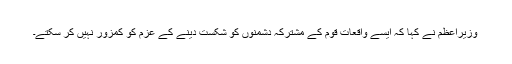
وزیراعظم نے کہا کہ ایسے واقعات قوم کے مشترکہ دشمنوں کو شکست دینے کے عزم کو کمزور نہیں کر سکتے۔